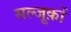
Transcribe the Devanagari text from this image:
सल्जूक़ों